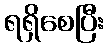
ရရှိစေပြီး